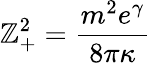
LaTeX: \mathbb{Z}_{+}^{2}={\frac{{m^{2}e^{\gamma}}}{{8\pi\kappa}}}